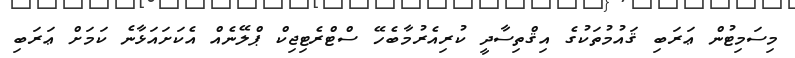
މިސަމިޓުން ޢަރަބި ޤައުމުތަކުގެ އިޤްތިސާދީ ކުރިއެރުމާބެހޭ ސްޓްރެޓިޖިކް ޕްލޭނެއް އެކަށައަޅާނެ ކަމަށް ޢަރަބި